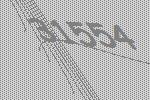
31554